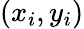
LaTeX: \left(x_{i},y_{i}\right)